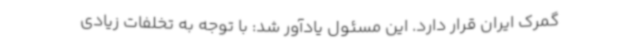
گمرک ایران قرار دارد. این مسئول یادآور شد: با توجه به تخلفات زیادی